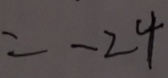
= - 2 4